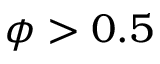
\phi > 0 . 5